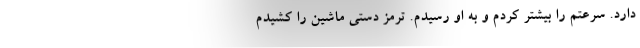
دارد. سرعتم را بیشتر کردم و به او رسیدم. ترمز دستی ماشین را کشیدم